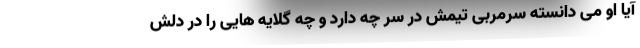
آیا او می دانسته سرمربی تیمش در سر چه دارد و چه گلایه هایی را در دلش